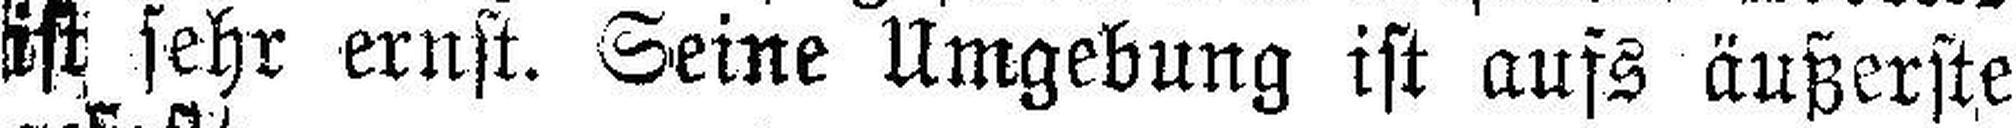
ist sehr ernst. Seine Umgebung ist aufs äußerste